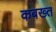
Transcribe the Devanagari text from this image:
कबख्त